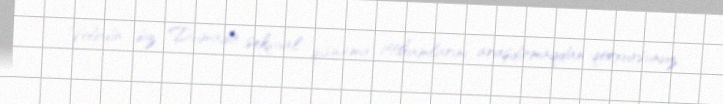
Volodin, siz Dumada seksual qısnama ittihamlarını araşdırmaqdan qorxursunuz.